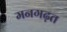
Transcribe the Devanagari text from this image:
मनगढ़त